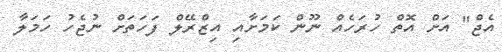
އެޖް" އަށް އޮތް ހުރަހެއް ނޫން ކަމަށާއި އިޒްރޭލް ފަހަތަށް ނުޖެހު ހަމަލާ